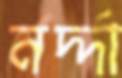
নর্দ্দা